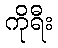
ကိုရီး